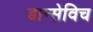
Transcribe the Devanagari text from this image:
डान्सेविच